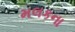
મલકના